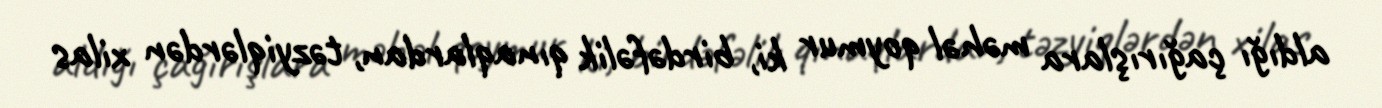
aldığı çağırışlara məhəl qoymur ki, birdəfəlik qınaqlardan, təzyiqlərdən xilas